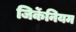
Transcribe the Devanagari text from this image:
जिर्केनियम